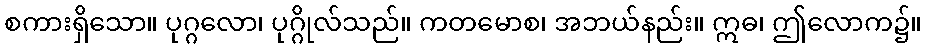
စကားရှိသော။ ပုဂ္ဂလော၊ ပုဂ္ဂိုလ်သည်။ ကတမောစ၊ အဘယ်နည်း။ ဣဓ၊ ဤလောက၌။